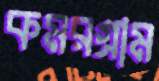
কমরগ্রাম